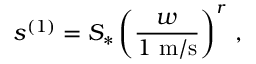
\displaystyle s ^ { ( 1 ) } = S _ { * } \left( \frac { w } { 1 \ \mathrm { m / s } } \right) ^ { r } \, ,